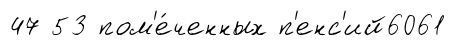
47 53 пом'е́ченных п'енс'ий6061